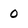
Character: 0